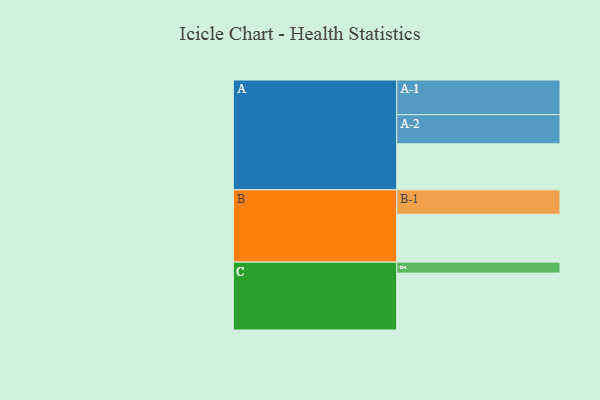
{"axis": {"x": "Segment", "y": "Value"}, "legend": ["", "A", "B", "C"], "data": [{"x": "A", "y": 390, "type": ""}, {"x": "B", "y": 407, "type": ""}, {"x": "C", "y": 483, "type": ""}, {"x": "A-1", "y": 294, "type": "A"}, {"x": "A-2", "y": 248, "type": "A"}, {"x": "B-1", "y": 207, "type": "B"}, {"x": "C-1", "y": 93, "type": "C"}]}